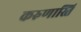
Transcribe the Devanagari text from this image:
करुणास्ति